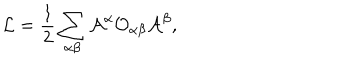
{ \cal L } = \frac { 1 } { 2 } \sum _ { \alpha \beta } { \cal A } ^ { \alpha } { \cal O } _ { \alpha \beta } { \cal A } ^ { \beta } ,